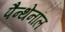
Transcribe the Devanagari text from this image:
पैन्थेनॉल